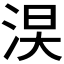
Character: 𣵖